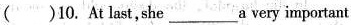
()10. At last，she___a very important